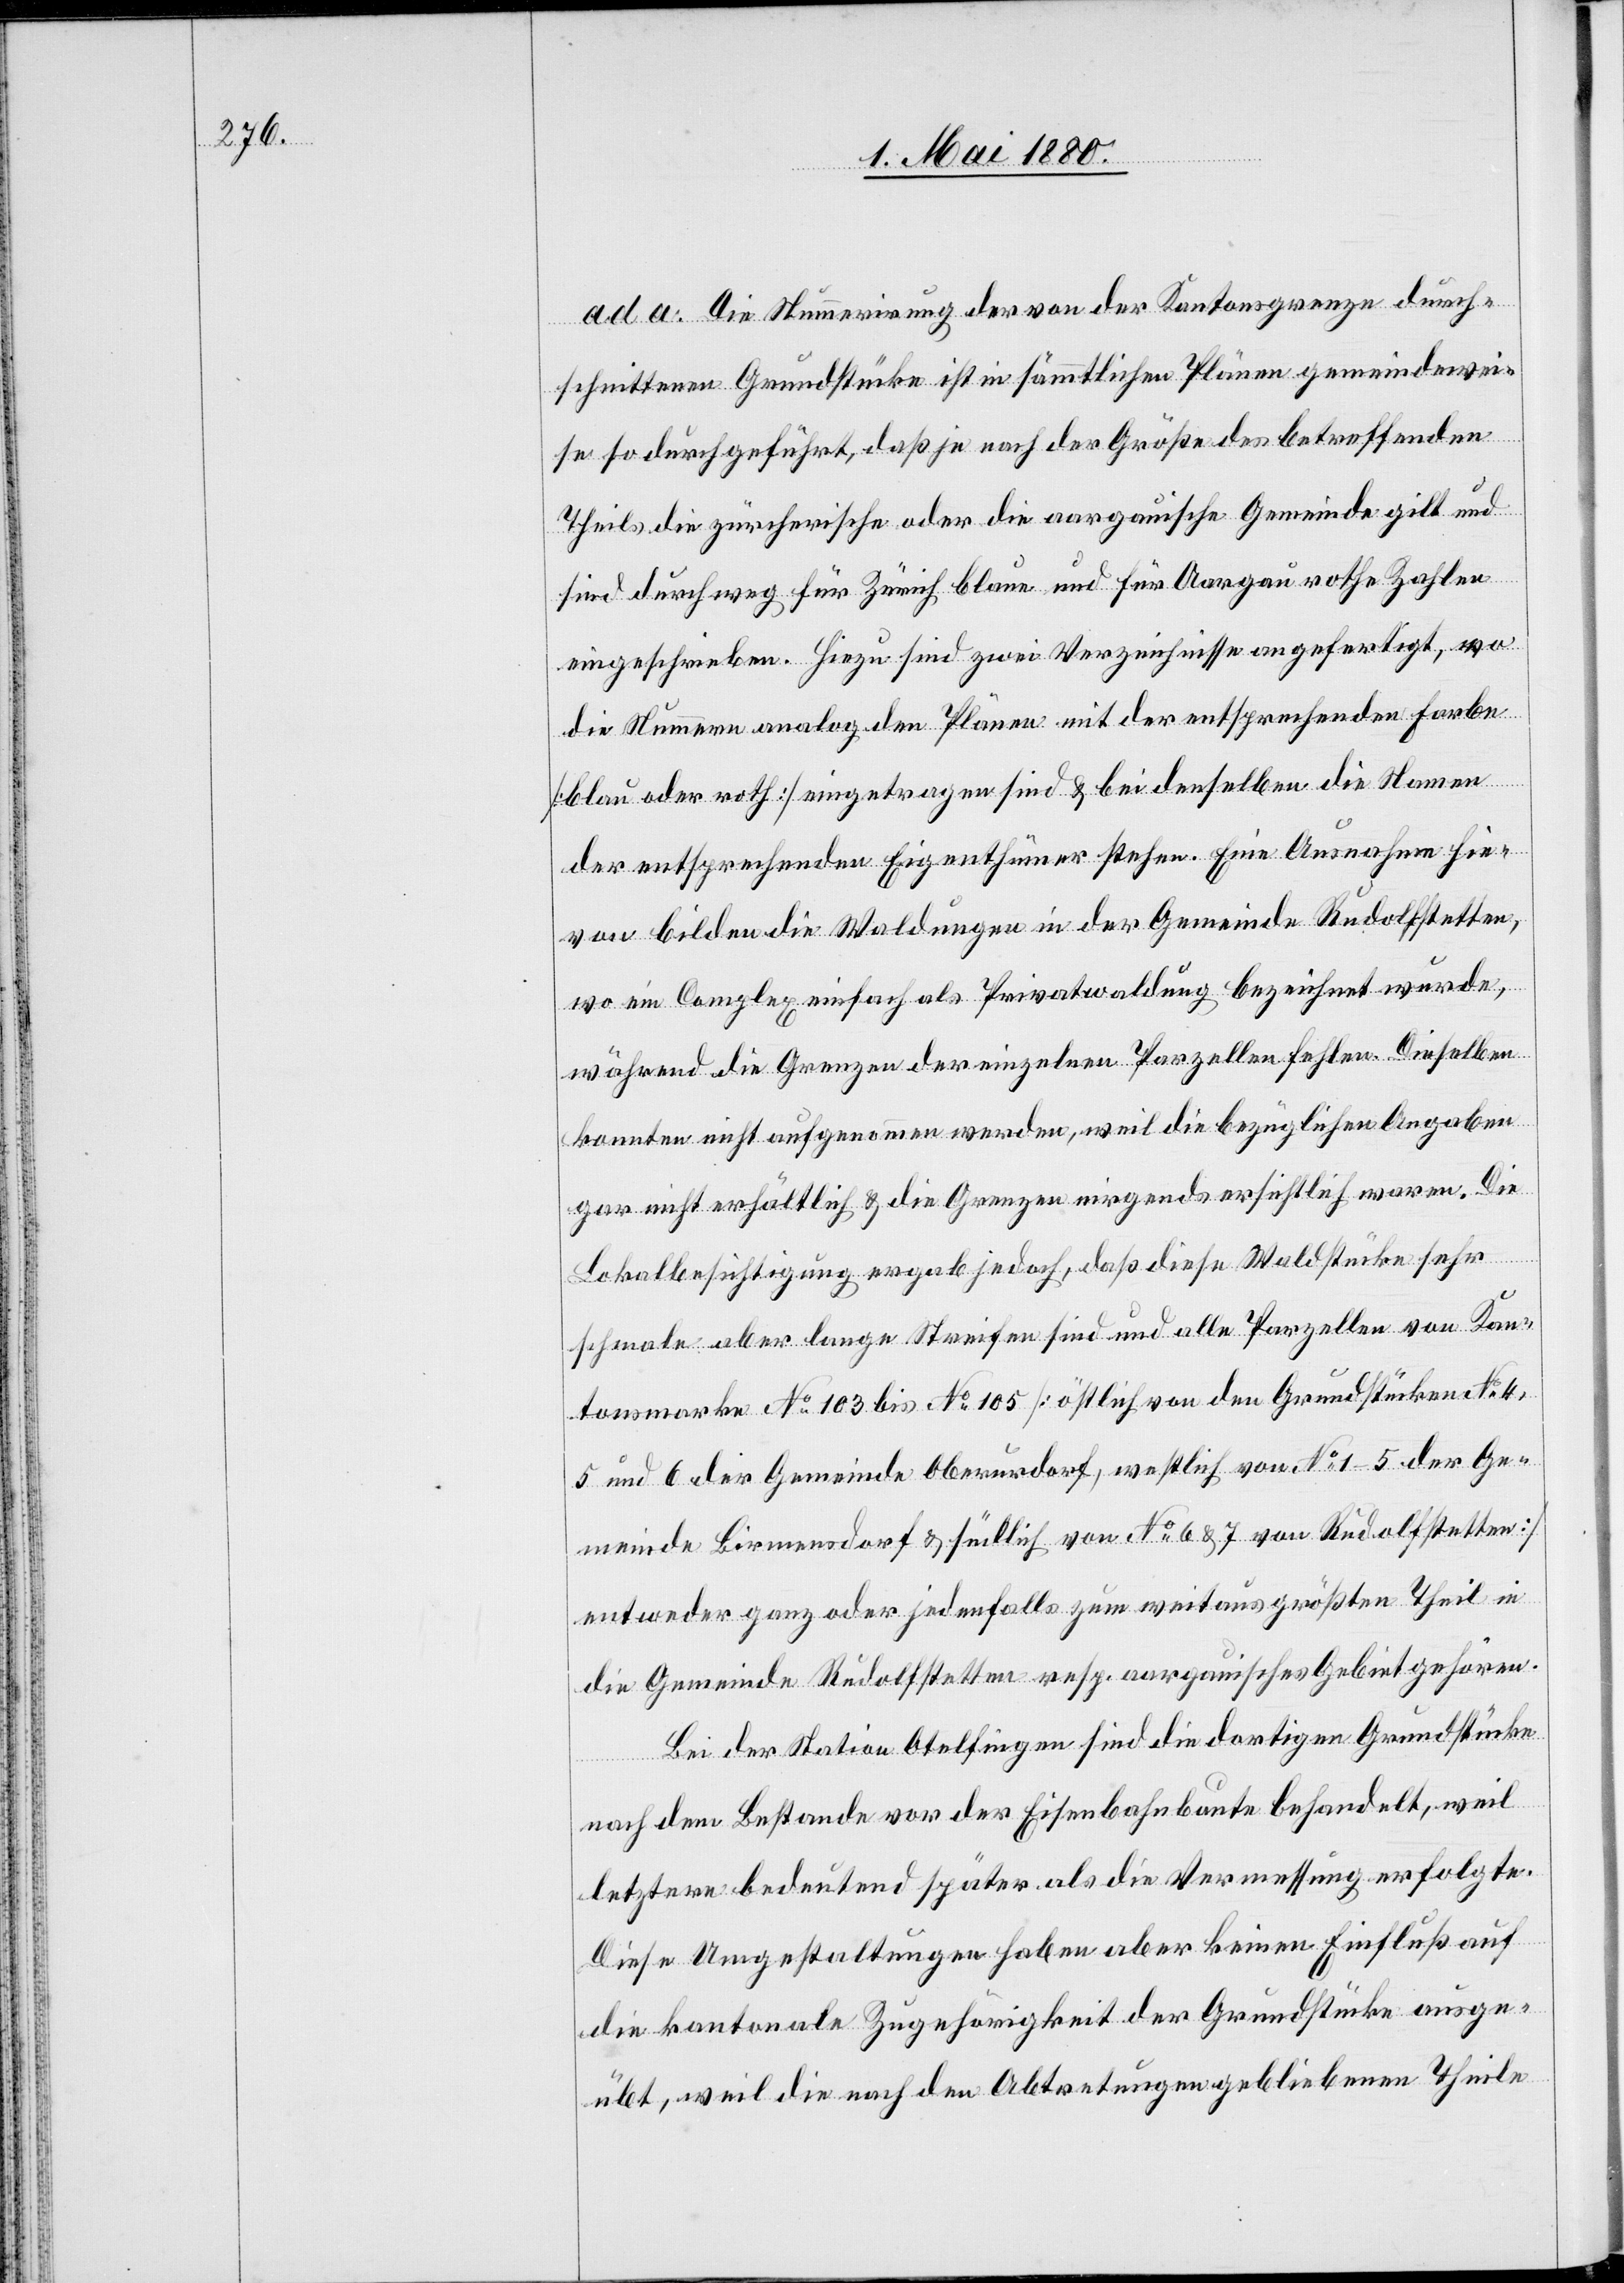
ad a. Die Nummerirung der von der Kantonsgrenze durch¬
schnittenen Grundstücke ist in sämmtlichen Plänen gemeindewei¬
se so durchgeführt, daß je nach der Größe des betreffenden
Theils die zürcherische oder die aargauische Gemeinde gilt und
sind durchweg für Zürich blau und für Aargau rothe Zahlen
eingeschrieben. Hiezu sind zwei Verzeichnisse angefertigt, wo
die Nummern analog den Plänen mit der entsprechenden Farbe
[blau oder roth] eingetragen sind & bei denselben die Namen
der entsprechenden Eigenthümer stehen. Eine Ausnahme hie¬
von bilden die Waldungen in der Gemeinde Rudolfstetten,
wo ein Complex einfach als Privatwaldung bezeichnet wurde,
während die Grenzen der einzelnen Parzellen fehlen. Dieselben
konnten nicht aufgenommen werden, weil die bezüglichen Angaben
gar nicht erhältlich & die Grenzen nirgends ersichtlich waren. Die
Lokalbesichtigung ergab jedoch, daß diese Waldstücke sehr
schmale aber lange Streifen sind und alle Parzellen von Kan¬
tonsmarke No 103 bis No 105 [östlich von den Grundstücken No 4,
5 und 6 der Gemeinde Oberurdorf, westlich von No 1–5 der Ge¬
meinde Birmensdorf & südlich von No 6 & 7 von Rudolfstetten]
entweder ganz oder jedenfalls zum weitaus größten Theil in
die Gemeinde Rudolfstetten resp. aargauisches Gebiet gehören.
Bei der Station Otelfingen sind die dortigen Grundstücke
nach dem Bestande vor der Eisenbahnbaute behandelt, weil
letztere bedeutend später als die Vermessung erfolgte.
Diese Umgestaltungen haben aber keinen Einfluß auf
die kantonale Zugehörigkeit der Grundstücke ausge¬
übt, weil die nach den Abtretungen gebliebenen Theile